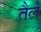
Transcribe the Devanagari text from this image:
तैले